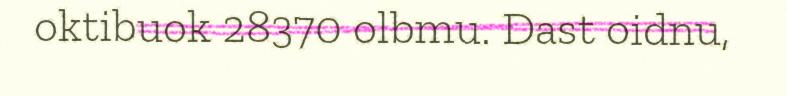
oktibuok 28370 olbmu. Dast oidnu,